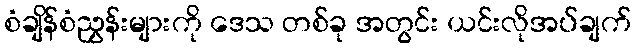
စံချိန်စံညွှန်းများကို ဒေသ တစ်ခု အတွင်း ယင်းလိုအပ်ချက်